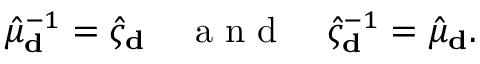
\hat { \mu } _ { \bf d } ^ { - 1 } = \hat { \varsigma } _ { \bf d } \quad \mathrm { ~ a ~ n ~ d ~ } \quad \hat { \varsigma } _ { \bf d } ^ { - 1 } = \hat { \mu } _ { \bf d } .